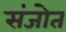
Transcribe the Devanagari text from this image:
संजोत